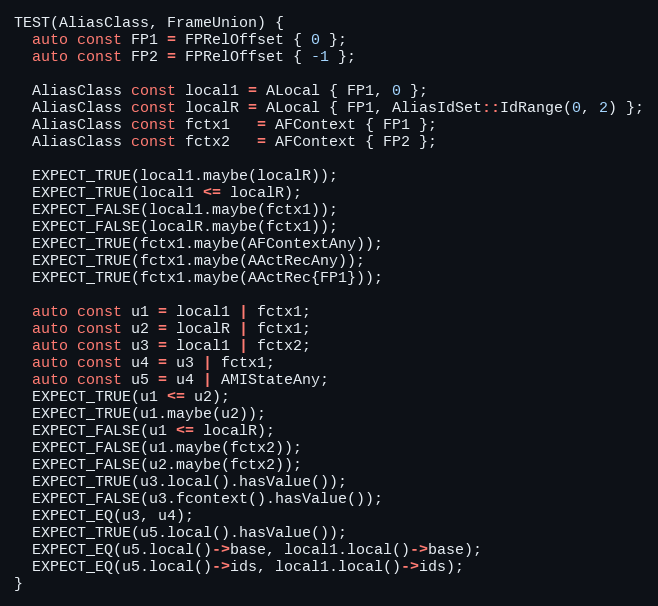
Language: C++
TEST(AliasClass, FrameUnion) {
  auto const FP1 = FPRelOffset { 0 };
  auto const FP2 = FPRelOffset { -1 };

  AliasClass const local1 = ALocal { FP1, 0 };
  AliasClass const localR = ALocal { FP1, AliasIdSet::IdRange(0, 2) };
  AliasClass const fctx1   = AFContext { FP1 };
  AliasClass const fctx2   = AFContext { FP2 };

  EXPECT_TRUE(local1.maybe(localR));
  EXPECT_TRUE(local1 <= localR);
  EXPECT_FALSE(local1.maybe(fctx1));
  EXPECT_FALSE(localR.maybe(fctx1));
  EXPECT_TRUE(fctx1.maybe(AFContextAny));
  EXPECT_TRUE(fctx1.maybe(AActRecAny));
  EXPECT_TRUE(fctx1.maybe(AActRec{FP1}));

  auto const u1 = local1 | fctx1;
  auto const u2 = localR | fctx1;
  auto const u3 = local1 | fctx2;
  auto const u4 = u3 | fctx1;
  auto const u5 = u4 | AMIStateAny;
  EXPECT_TRUE(u1 <= u2);
  EXPECT_TRUE(u1.maybe(u2));
  EXPECT_FALSE(u1 <= localR);
  EXPECT_FALSE(u1.maybe(fctx2));
  EXPECT_FALSE(u2.maybe(fctx2));
  EXPECT_TRUE(u3.local().hasValue());
  EXPECT_FALSE(u3.fcontext().hasValue());
  EXPECT_EQ(u3, u4);
  EXPECT_TRUE(u5.local().hasValue());
  EXPECT_EQ(u5.local()->base, local1.local()->base);
  EXPECT_EQ(u5.local()->ids, local1.local()->ids);
}